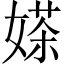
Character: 𱙤